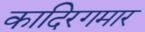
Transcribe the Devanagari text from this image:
कादिरगमार